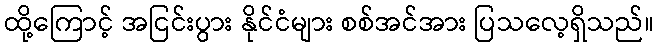
ထို့ကြောင့် အငြင်းပွား နိုင်ငံများ စစ်အင်အား ပြသလေ့ရှိသည်။